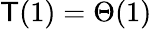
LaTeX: \mathsf{T}(1)=\Theta(1)